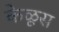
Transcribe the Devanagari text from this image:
केळूस